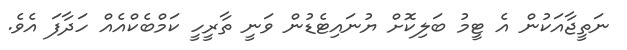
ނަތީޖާއަކުން އެ ޓީމު ބަލިކޮށް ޔުނައިޓެޑުން ވަނީ ތާރީހީ ކަމްބެކްއެއް ހަދާފަ އެވެ.